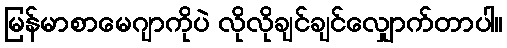
မြန်မာစာမေဂျာကိုပဲ လိုလိုချင်ချင်လျှောက်တာပါ။